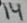
Text: 14